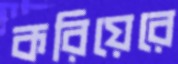
করিয়েরে